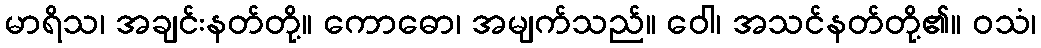
မာရိသ၊ အချင်းနတ်တို့။ ကောဓော၊ အမျက်သည်။ ဝေါ၊ အသင်နတ်တို့၏။ ဝသံ၊